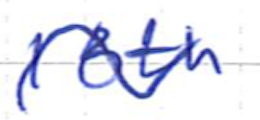
Text: 18th
Cross-out: wave
Writing tool: ballpoint